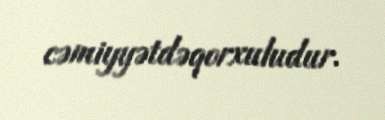
cəmiyyətdəqorxuludur.